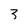
Character: 3